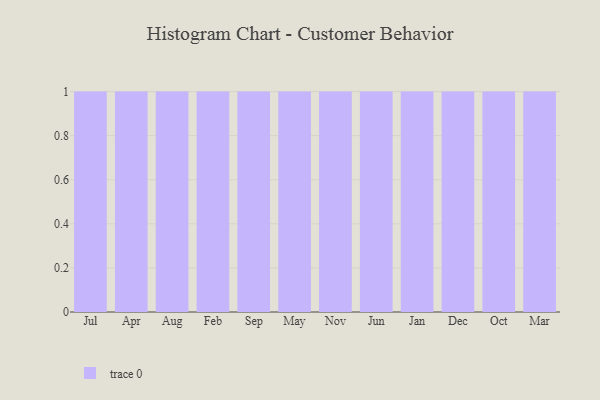
{"axis": {"x": "Month", "y": "Net Income (USD K)"}, "legend": [""], "data": [{"x": "Jul", "y": 97, "type": ""}, {"x": "Apr", "y": 12, "type": ""}, {"x": "Aug", "y": 6, "type": ""}, {"x": "Feb", "y": 45, "type": ""}, {"x": "Sep", "y": 44, "type": ""}, {"x": "May", "y": 6, "type": ""}, {"x": "Nov", "y": 93, "type": ""}, {"x": "Jun", "y": 56, "type": ""}, {"x": "Jan", "y": 16, "type": ""}, {"x": "Dec", "y": 7, "type": ""}, {"x": "Oct", "y": 40, "type": ""}, {"x": "Mar", "y": 9, "type": ""}]}